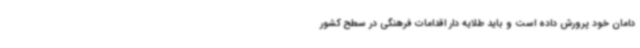
دامان خود پرورش داده است و باید طلایه دار اقدامات فرهنگی در سطح کشور